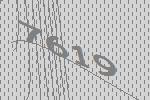
7619